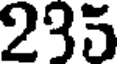
235